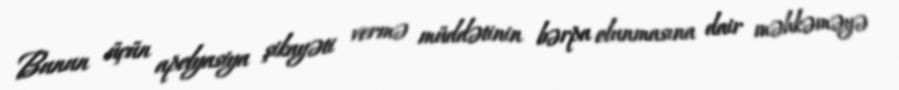
Bunun üçün apelyasiya şikayəti vermə müddətinin bərpa olunmasına dair məhkəməyə